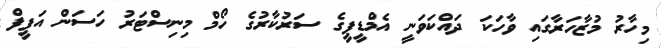
މިހާރު މުޒާހަރާގައި ވާހަކަ ދައްކަވަނީ އެމްޑީޕީގެ ސަރުކާރުގެ ހޯމް މިނިސްޓަރު ހަސަން އަފީފް